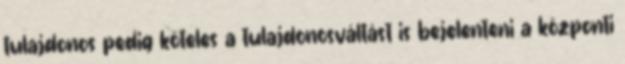
tulajdonos pedig köteles a tulajdonosváltást is bejelenteni a központi